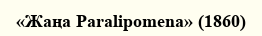
«Жаңа Paralipomena» (1860)